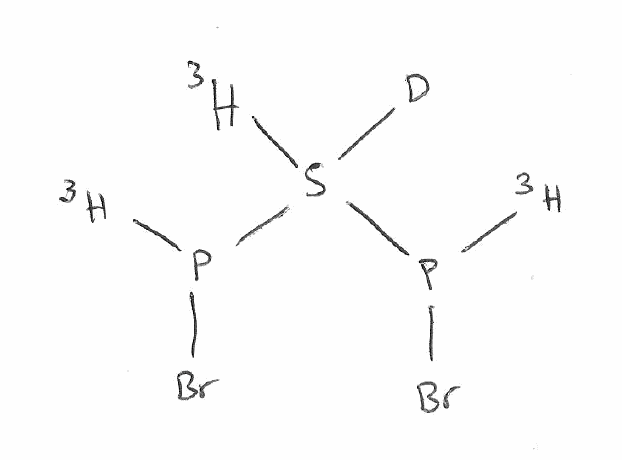
Simplified molecular-input line-entry system (SMILES) notation of the given molecule:
[2H]S([3H])(P([3H])Br)P([3H])Br